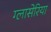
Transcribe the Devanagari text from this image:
ग्लासेरिया